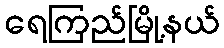
ရေကြည်မြို့နယ်